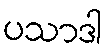
ပသာဒါ